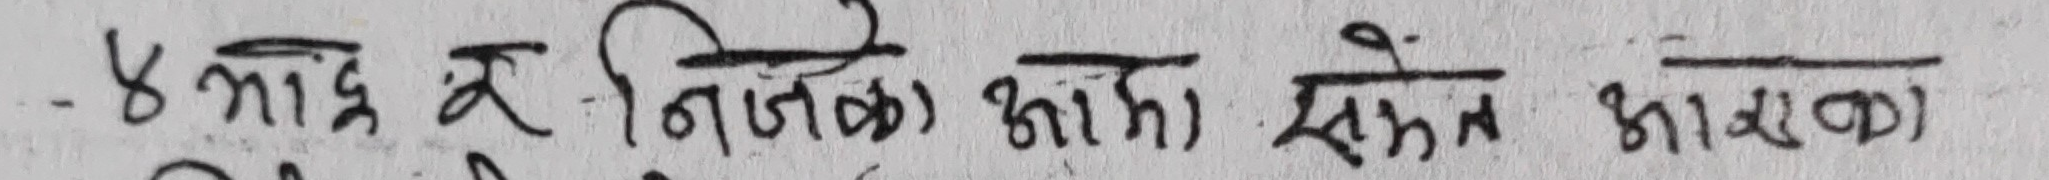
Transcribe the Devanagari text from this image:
- ५ भाद्र सु. निजको काम सम्झन आवश्यक।